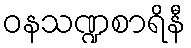
ဝနသဏ္ဍစာရိနီ